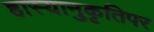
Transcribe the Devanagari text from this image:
हास्यानुकृतिपर